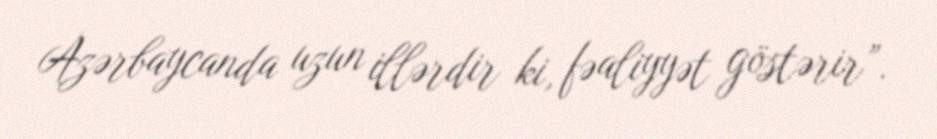
Azərbaycanda uzun illərdir ki, fəaliyyət göstərir”.